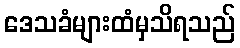
ဒေသခံများထံမှသိရသည်